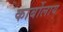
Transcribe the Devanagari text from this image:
कार्बोलाय